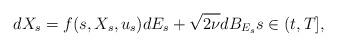
LaTeX: \begin{align*}dX_s = f(s, X_s, u_s)dE_s + \sqrt{2\nu}dB_{E_s} s \in (t,T],\end{align*}